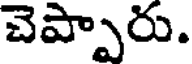
చెప్పారు.